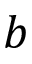
b